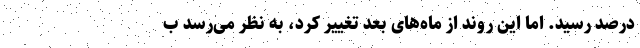
درصد رسید. اما این روند از ماه‌های بعد تغییر کرد، به نظر می‌رسد ب